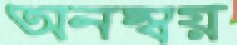
অনম্বয়